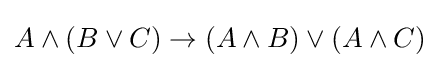
A\land (B\lor C)\to (A\land B)\lor (A\land C)